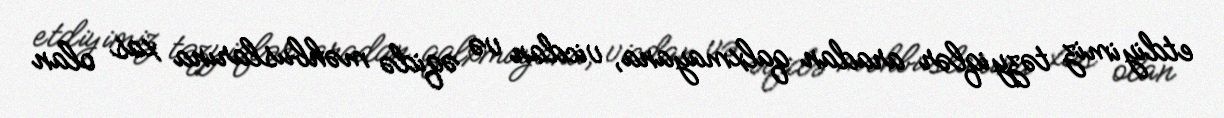
etdiyimiz təzyiqlər aradan qalxmayana, vicdan və əqidə məhbuslarına xas olan